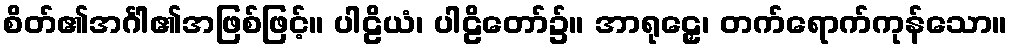
စိတ်၏အင်္ဂါ၏အဖြစ်ဖြင့်။ ပါဠိယံ၊ ပါဠိတော်၌။ အာရုဠှေ၊ တက်ရောက်ကုန်သော။